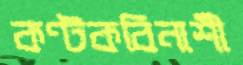
কণ্টকবিনাশী